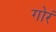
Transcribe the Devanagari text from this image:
गोरं